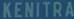
KENITRA